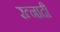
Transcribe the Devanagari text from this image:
रत्‍नादी